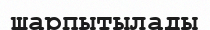
шарпытылады